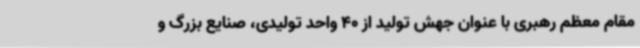
مقام معظم رهبری با عنوان جهش تولید از 40 واحد تولیدی، صنایع بزرگ و